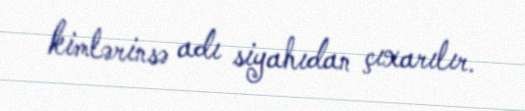
kimlərinsə adı siyahıdan çıxarılır.